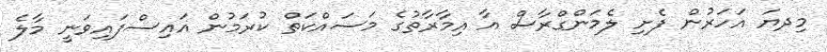
މިދޔަ އަހަރުން ފެށި ލެމަންގްރާސް އާ އިމާރާތުގެ މަސައްކަތް ކުރަމުން އައިސްފައިވަނީ މާލެ